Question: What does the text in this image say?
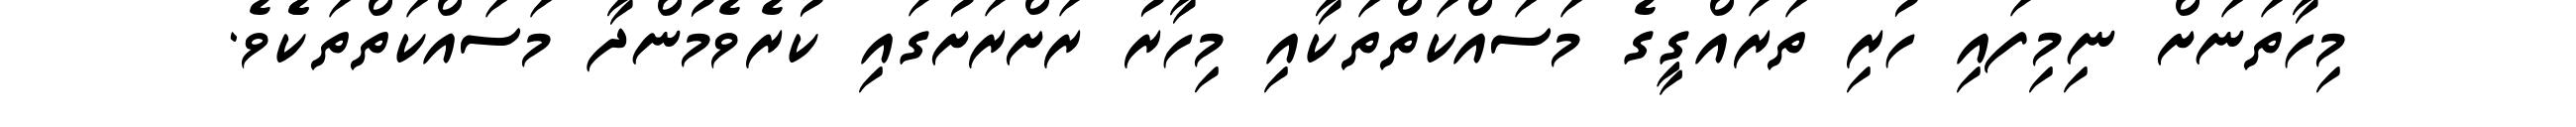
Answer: މިހާތަނަށް ނިމިފައި ހުރި ތަރައްގީގެ މަސައްކަތްތަކާއި މިހާރު ރަށްރަށުގައި ކުރެވެމުންދާ މަސައްކަތްތަކެެވެ.